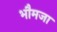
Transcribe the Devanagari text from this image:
भौमजा